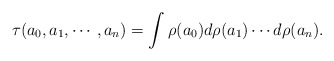
\begin{align*}\tau(a_0,a_1,\cdots,a_n) = \int \rho(a_0) d\rho(a_1) \cdots d\rho(a_n).\end{align*}